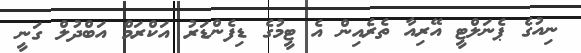
ނިއުގެ ޕެނަލްޓީ އޭރިއާ ތެރެއިން އެ ޓީމުގެ ޑިފެންޑަރު އަކްރަމް އަބްދުލް ގަނީ